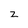
Character: z